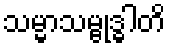
သမ္မာသမ္ဗုဒ္ဓါတိ